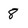
Character: 8